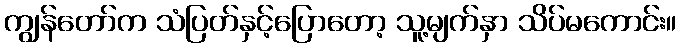
ကျွန်တော်က သံပြတ်နှင့်ပြောတော့ သူ့မျက်နှာ သိပ်မကောင်း။